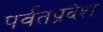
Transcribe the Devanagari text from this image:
पर्वतप्रदेश